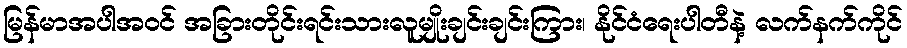
မြန်မာအပါအဝင် အခြားတိုင်းရင်းသားလူမျိုးချင်းချင်းကြား၊ နိုင်ငံရေးပါတီနဲ့ လက်နက်ကိုင်